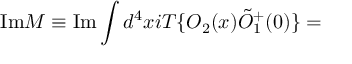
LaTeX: \mathrm { I m } { \cal M } \equiv \mathrm { I m } \int d ^ { 4 } x i T \{ O _ { 2 } ( x ) \tilde { O } _ { 1 } ^ { + } ( 0 ) \} =